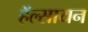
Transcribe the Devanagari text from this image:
हॅल्सायन